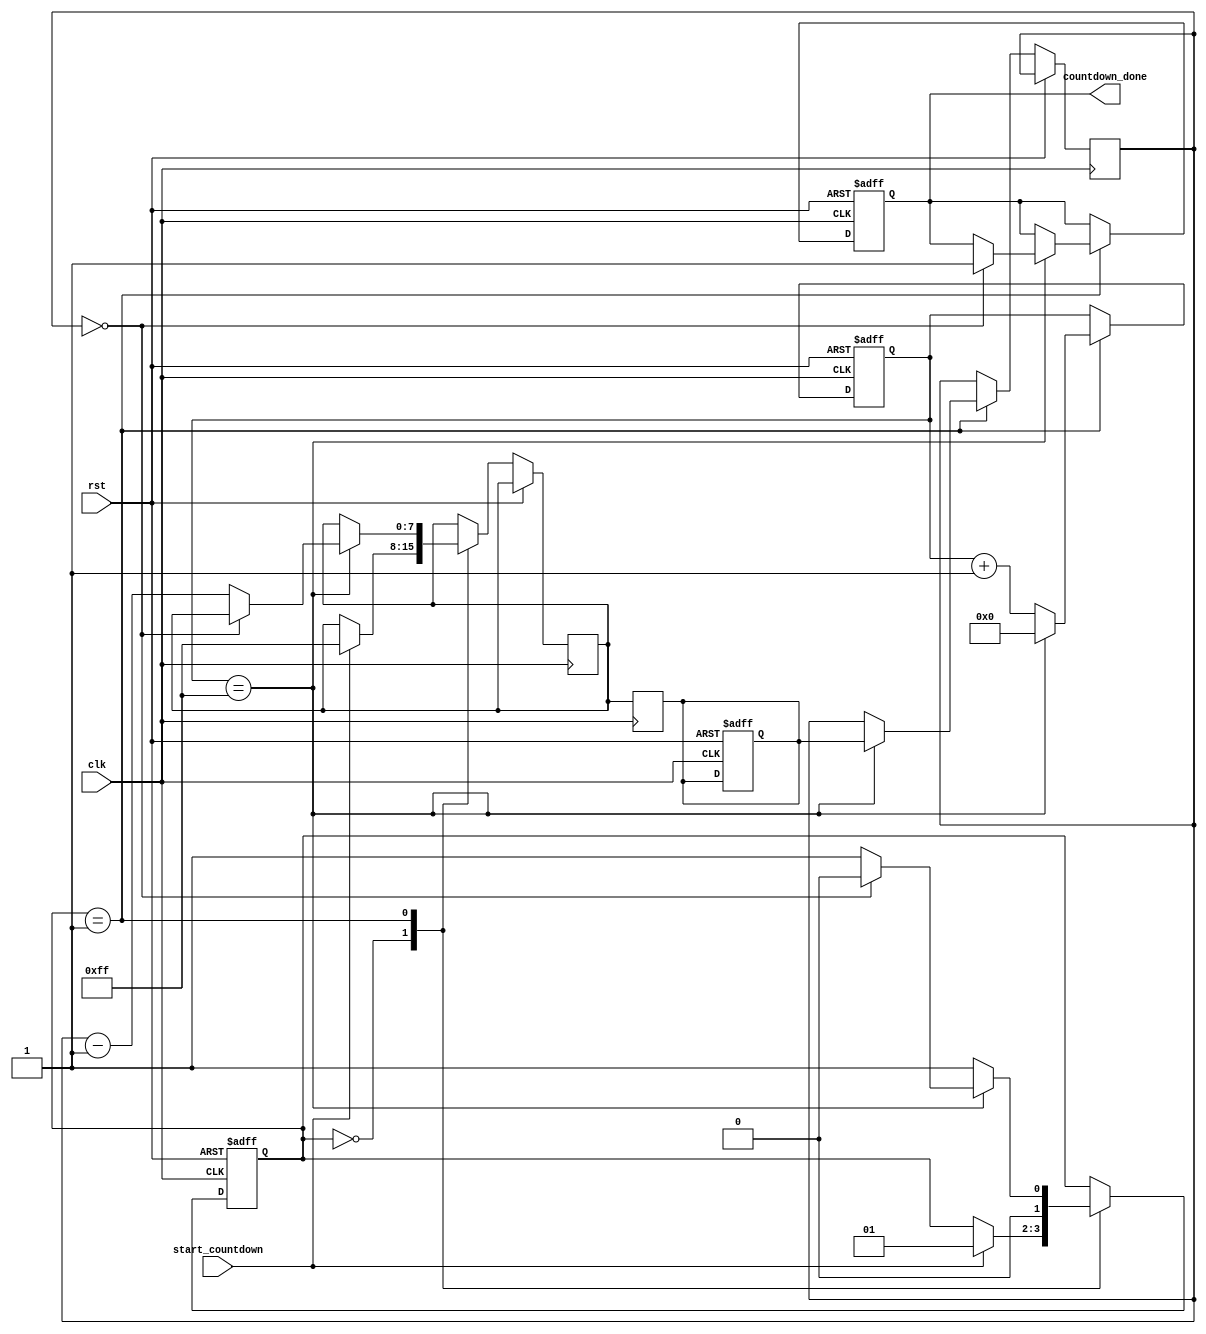
module countdown_timer(
    input wire clk,
    input wire rst,
    input wire start_countdown,
    output reg countdown_done
);

// Parameters for countdown value
parameter COUNTDOWN_BITS = 8;
parameter COUNTDOWN_VALUE = 8'hFF;

// Internal signals
reg [COUNTDOWN_BITS-1:0] countdown_reg;
reg [COUNTDOWN_BITS-1:0] countdown_next;
reg [COUNTDOWN_BITS-1:0] countdown_temp;

// State machine
reg [1:0] state;

// Counter
reg [7:0] counter;

always @ (posedge clk or posedge rst)
begin
    if (rst)
    begin
        state <= 2'b00;
        countdown_reg <= COUNTDOWN_VALUE;
        counter <= 8'b0;
        countdown_done <= 1'b0;
    end
    else
    begin
        case(state)
            2'b00: begin
                if (start_countdown)
                begin
                    countdown_next <= COUNTDOWN_VALUE;
                    state <= 2'b01;
                end
            end
            2'b01: begin
                if (counter == 8'hFF) begin
                    counter <= 8'h0;
                    countdown_temp <= countdown_reg;
                    if (countdown_temp == 8'h0) begin
                        countdown_done <= 1'b1;
                        state <= 2'b00;
                    end
                    else begin
                        countdown_next <= countdown_temp - 8'h01;
                        state <= 2'b01;
                    end
                end
                else begin
                    counter <= counter + 1;
                    state <= 2'b01;
                end
            end
        endcase
    end
end

always @ (posedge clk)
begin
    countdown_reg <= countdown_next;
end

endmodule